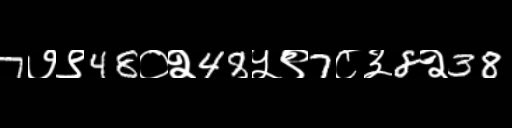
Text: 7७९48०२48५९7८३8२38